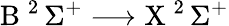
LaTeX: \mathrm{B}\ ^{2}\, \Sigma^{+}\longrightarrow\mathrm{X}\ ^{2}\, \Sigma^{+}